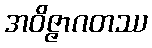
အဝိဇ္ဇာဂတဿ